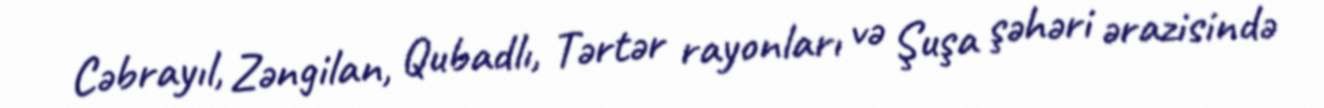
Cəbrayıl, Zəngilan, Qubadlı, Tərtər rayonları və Şuşa şəhəri ərazisində